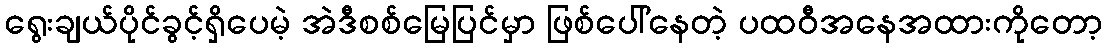
ရွေးချယ်ပိုင်ခွင့်ရှိပေမဲ့ အဲဒီစစ်မြေပြင်မှာ ဖြစ်ပေါ်နေတဲ့ ပထဝီအနေအထားကိုတော့